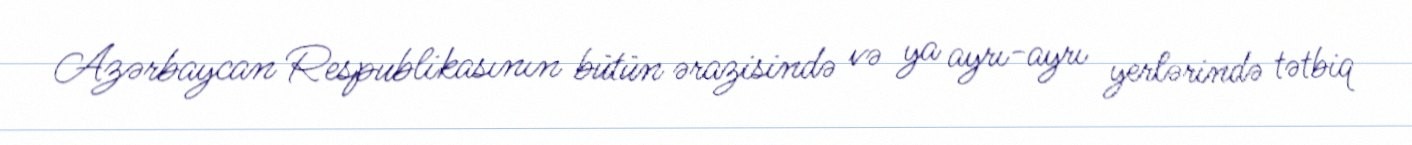
Azərbaycan Respublikasının bütün ərazisində və ya ayrı-ayrı yerlərində tətbiq